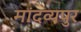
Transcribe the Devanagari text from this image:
मांदव्यपुर